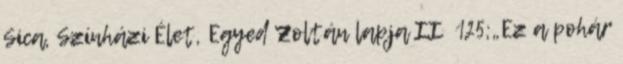
Sica, Színházi Élet, Egyed Zoltán lapja II 125;„Ez a pohár